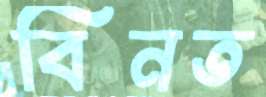
বিনত